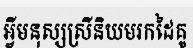
អ្វីមនុស្សស្រីនិយមរកដៃគូ